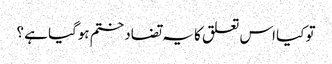
تو کیا اس تعلق کا یہ تضاد ختم ہوگیا ہے ؟